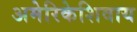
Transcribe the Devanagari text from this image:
अमेरिकेशिवाय